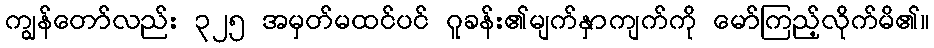
ကျွန်တော်လည်း ၃၂၅ အမှတ်မထင်ပင် ဂူခန်း၏မျက်နှာကျက်ကို မော်ကြည့်လိုက်မိ၏။